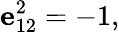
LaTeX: \mathbf{e}_{12}^{2}=-1,